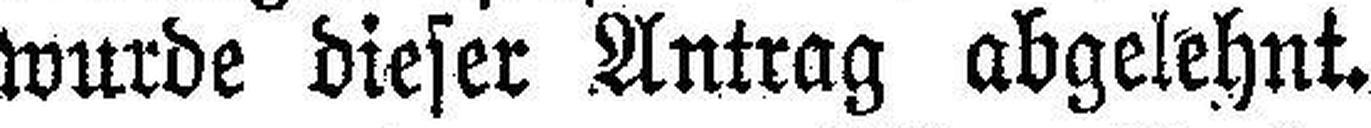
wurde dieser Antrag abgelehnt.